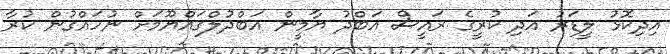
އިދިކޮޅު ލީޑަރު އަދި ކުރީގެ ރަައީސް އަބްދު ޔާމީން އަބްދުލްގައްޔޫމަށް ނުހައްގުން ކުރާ